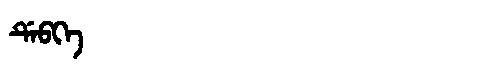
Manchu: ᡩᡝᠪᡴᡝ
Romanization: DEBKE